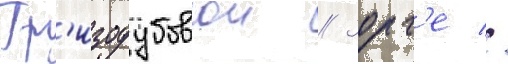
Гр'изодубовои // Зорг'е //